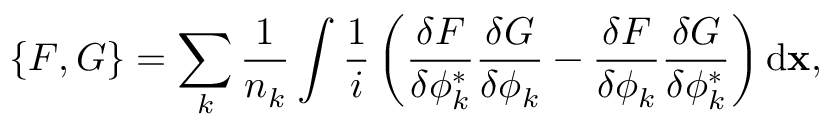
\left\{ F , G \right\} = \sum _ { k } { \frac { 1 } { n _ { k } } \int { \frac { 1 } { i } \left( \frac { \delta F } { \delta \phi _ { k } ^ { * } } \frac { \delta G } { \delta \phi _ { k } } - \frac { \delta F } { \delta \phi _ { k } } \frac { \delta G } { \delta \phi _ { k } ^ { * } } \right) \mathrm { d } { \bf x } } } ,